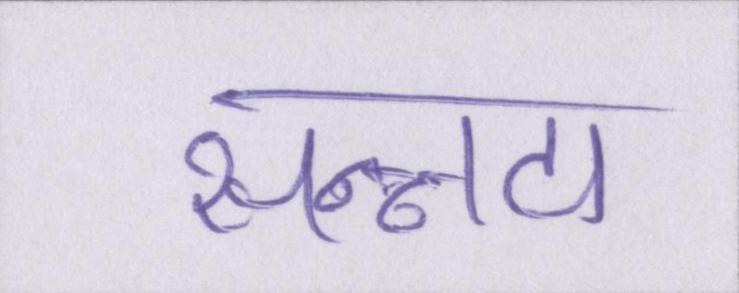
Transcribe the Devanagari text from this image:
सन्नाटा